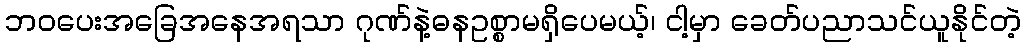
ဘဝပေးအခြေအနေအရသာ ဂုဏ်နဲ့ဓနဥစ္စာမရှိပေမယ့်၊ ငါ့မှာ ခေတ်ပညာသင်ယူနိုင်တဲ့